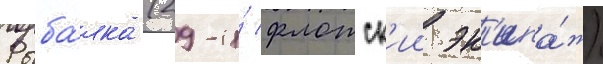
Рыба́лка (29-и́ флотск'ии эк'ипа́ж)